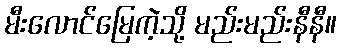
မီးလောင်မြေကဲ့သို့ မည်းမည်းနီနီ။